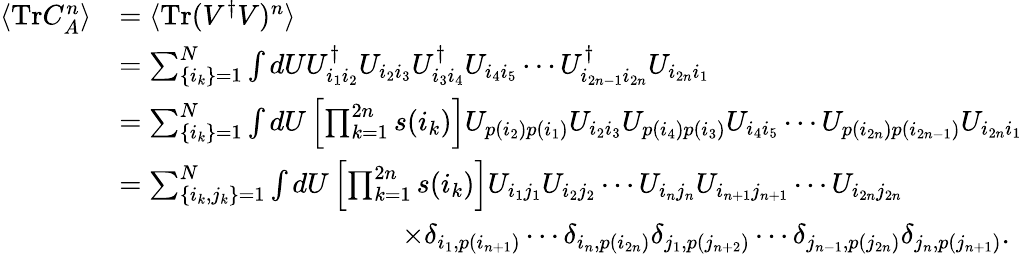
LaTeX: \begin{array}{rl}{\langle\mathrm{Tr}C_{A}^{n}\rangle}&{=\langle\mathrm{Tr}(V^{\dagger}V)^{n}\rangle}\\ &{=\sum_{\lbrace i_{k}\rbrace=1}^{N}\int dUU_{i_{1}i_{2}}^{\dagger}U_{i_{2}i_{3}}U_{i_{3}i_{4}}^{\dagger}U_{i_{4}i_{5}}\cdots U_{i_{2n-1}i_{2n}}^{\dagger}U_{i_{2n}i_{1}}}\\ &{=\sum_{\lbrace i_{k}\rbrace=1}^{N}\int dU\left[\prod_{k=1}^{2n}s(i_{k})\right]U_{p(i_{2})p(i_{1})}U_{i_{2}i_{3}}U_{p(i_{4})p(i_{3})}U_{i_{4}i_{5}}\cdots U_{p(i_{2n})p(i_{2n-1})}U_{i_{2n}i_{1}}}\\ &{=\sum_{\lbrace i_{k},j_{k}\rbrace=1}^{N}\int dU\left[\prod_{k=1}^{2n}s(i_{k})\right]U_{i_{1}j_{1}}U_{i_{2}j_{2}}\cdots U_{i_{n}j_{n}}U_{i_{n+1}j_{n+1}}\cdots U_{i_{2n}j_{2n}}}\\ &{\qquad\qquad\qquad\qquad\qquad\times\delta_{i_{1},p(i_{n+1})}\cdots\delta_{i_{n},p(i_{2n})}\delta_{j_{1},p(j_{n+2})}\cdots\delta_{j_{n-1},p(j_{2n})}\delta_{j_{n},p(j_{n+1})}.}\end{array}